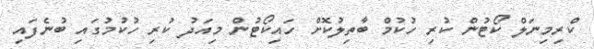
ކްރިމިނަލް ކޯޓުން ކުރި ހުކުމް ބާތިލުކޮށް ހައިކޯޓުން މިއަދު ކުރި ހުކުމުގައި ބުނެފައި